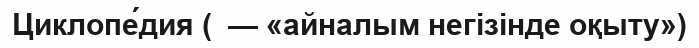
Циклопе́дия (  — «айналым негізінде оқыту»)